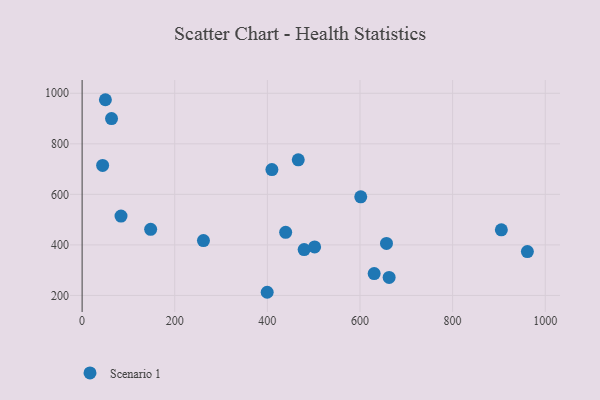
{"axis": {"x": "Ad Spend", "y": "Demand"}, "legend": ["Scenario 1"], "data": [{"x": "50.3", "y": 974.5, "type": "Scenario 1"}, {"x": "479.4", "y": 381.6, "type": "Scenario 1"}, {"x": "44.3", "y": 714.6, "type": "Scenario 1"}, {"x": "262.0", "y": 417.1, "type": "Scenario 1"}, {"x": "148.0", "y": 461.7, "type": "Scenario 1"}, {"x": "63.5", "y": 899.8, "type": "Scenario 1"}, {"x": "84.0", "y": 513.8, "type": "Scenario 1"}, {"x": "466.7", "y": 736.7, "type": "Scenario 1"}, {"x": "630.6", "y": 286.3, "type": "Scenario 1"}, {"x": "502.0", "y": 391.9, "type": "Scenario 1"}, {"x": "439.5", "y": 449.5, "type": "Scenario 1"}, {"x": "399.6", "y": 212.4, "type": "Scenario 1"}, {"x": "657.2", "y": 405.8, "type": "Scenario 1"}, {"x": "662.9", "y": 271.3, "type": "Scenario 1"}, {"x": "409.8", "y": 698.2, "type": "Scenario 1"}, {"x": "601.6", "y": 590.2, "type": "Scenario 1"}, {"x": "961.4", "y": 373.3, "type": "Scenario 1"}, {"x": "905.2", "y": 459.6, "type": "Scenario 1"}]}